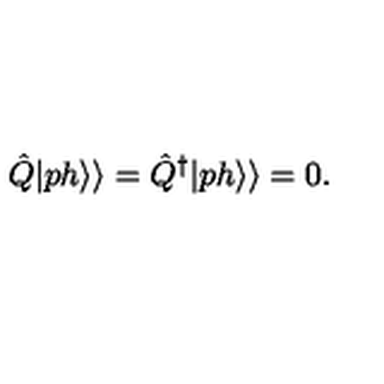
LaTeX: \hat { Q } | p h \rangle \rangle = \hat { Q } ^ { \dagger } | p h \rangle \rangle = 0 .